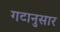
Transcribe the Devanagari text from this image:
गटानुसार